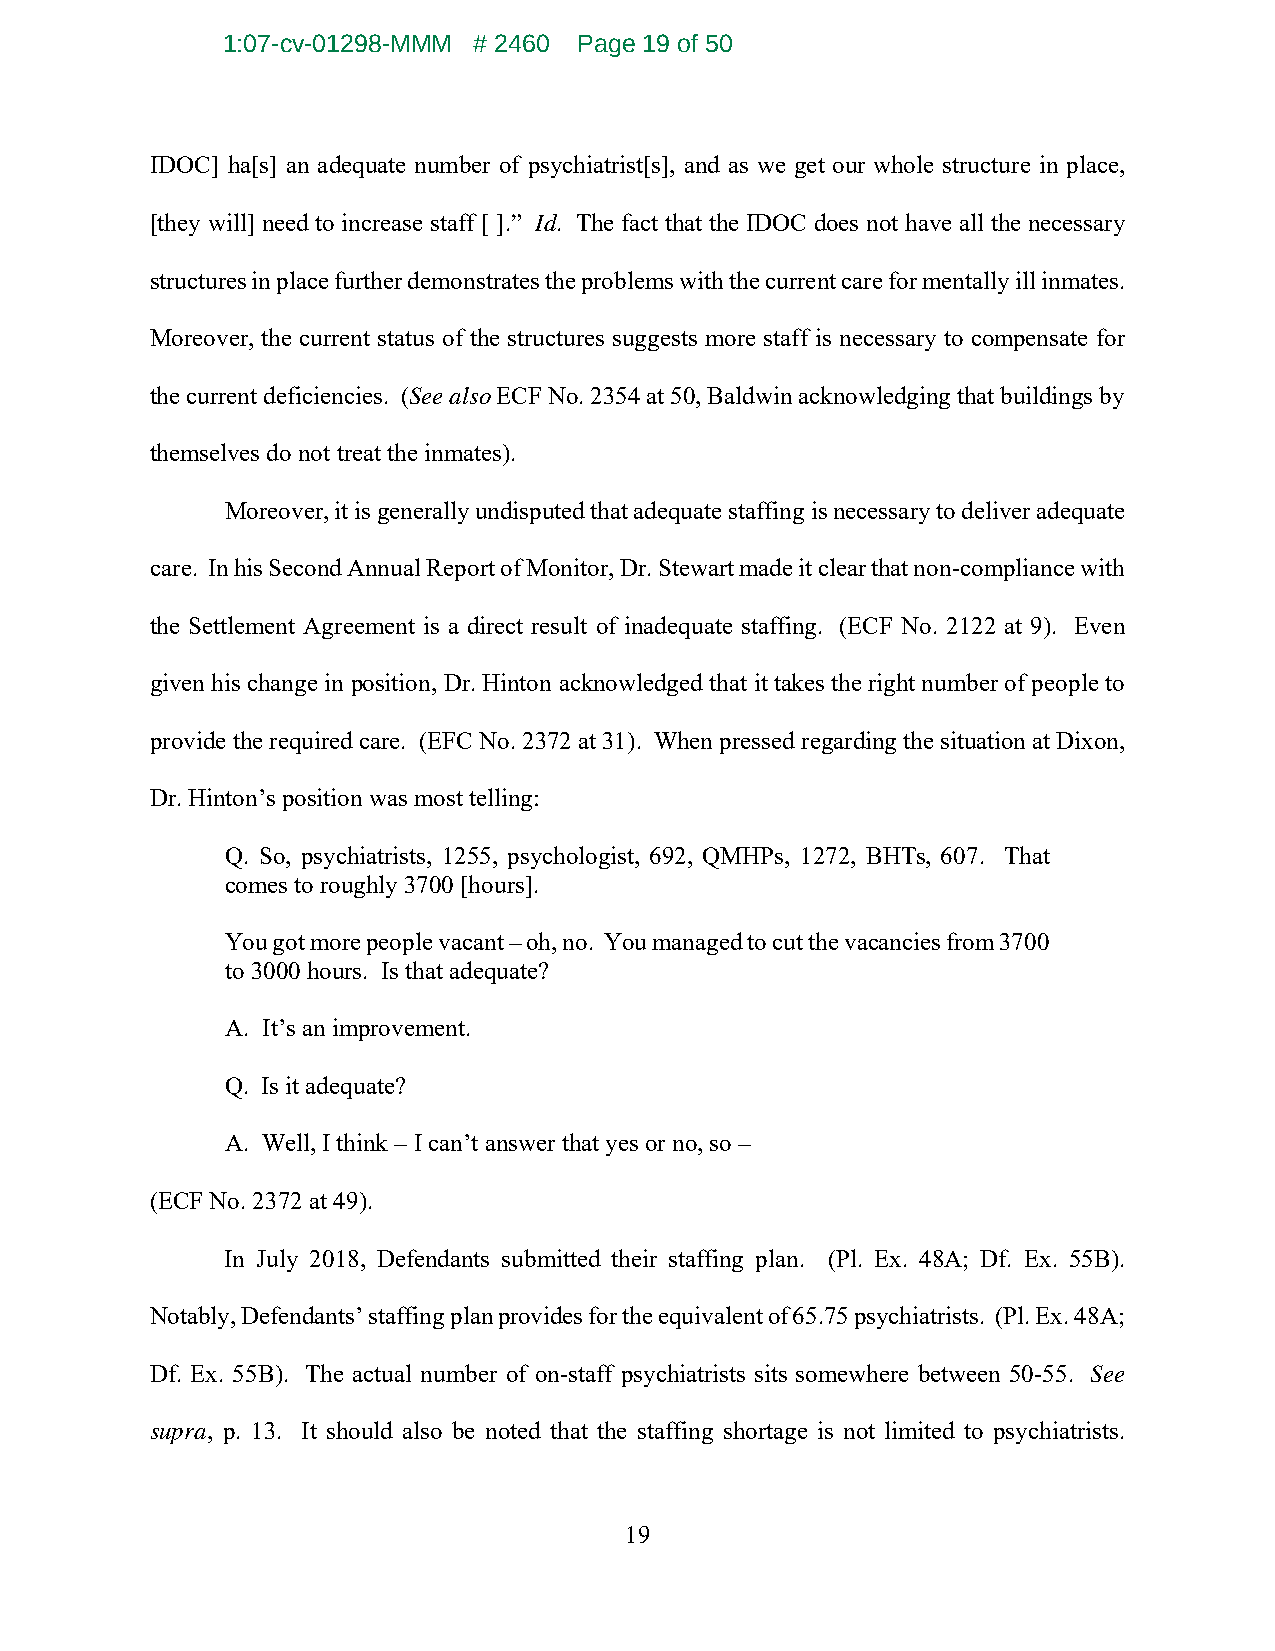
1:07-cv-01298-MMM # 2460 Page 19 of 50
 IDOC] ha[s] an adequate number of psychiatrist[s], and as we get our whole structure in place,
 [they will] need to increase staff [ ].” Id. The fact that the IDOC does not have all the necessary
 structures in place further demonstrates the problems with the current care for mentally ill inmates.
 Moreover, the current status of the structures suggests more staff is necessary to compensate for
 the current deficiencies. (See also ECF No. 2354 at 50, Baldwin acknowledging that buildings by
 themselves do not treat the inmates).
 Moreover, it is generally undisputed that adequate staffing is necessary to deliver adequate
 care. In his Second Annual Report of Monitor, Dr. Stewart made it clear that non-compliance with
 the Settlement Agreement is a direct result of inadequate staffing. (ECF No. 2122 at 9). Even
 given his change in position, Dr. Hinton acknowledged that it takes the right number of people to
 provide the required care. (EFC No. 2372 at 31). When pressed regarding the situation at Dixon,
 Dr. Hinton’s position was most telling:
 Q. So, psychiatrists, 1255, psychologist, 692, QMHPs, 1272, BHTs, 607. That
 comes to roughly 3700 [hours].
 You got more people vacant – oh, no. You managed to cut the vacancies from 3700
 to 3000 hours. Is that adequate?
 A. It’s an improvement.
 Q. Is it adequate?
 A. Well, I think – I can’t answer that yes or no, so –
 (ECF No. 2372 at 49).
 In July 2018, Defendants submitted their staffing plan. (Pl. Ex. 48A; Df. Ex. 55B).
 Notably, Defendants’ staffing plan provides for the equivalent of 65.75 psychiatrists. (Pl. Ex. 48A;
 Df. Ex. 55B). The actual number of on-staff psychiatrists sits somewhere between 50-55. See
 supra, p. 13. It should also be noted that the staffing shortage is not limited to psychiatrists.
 19